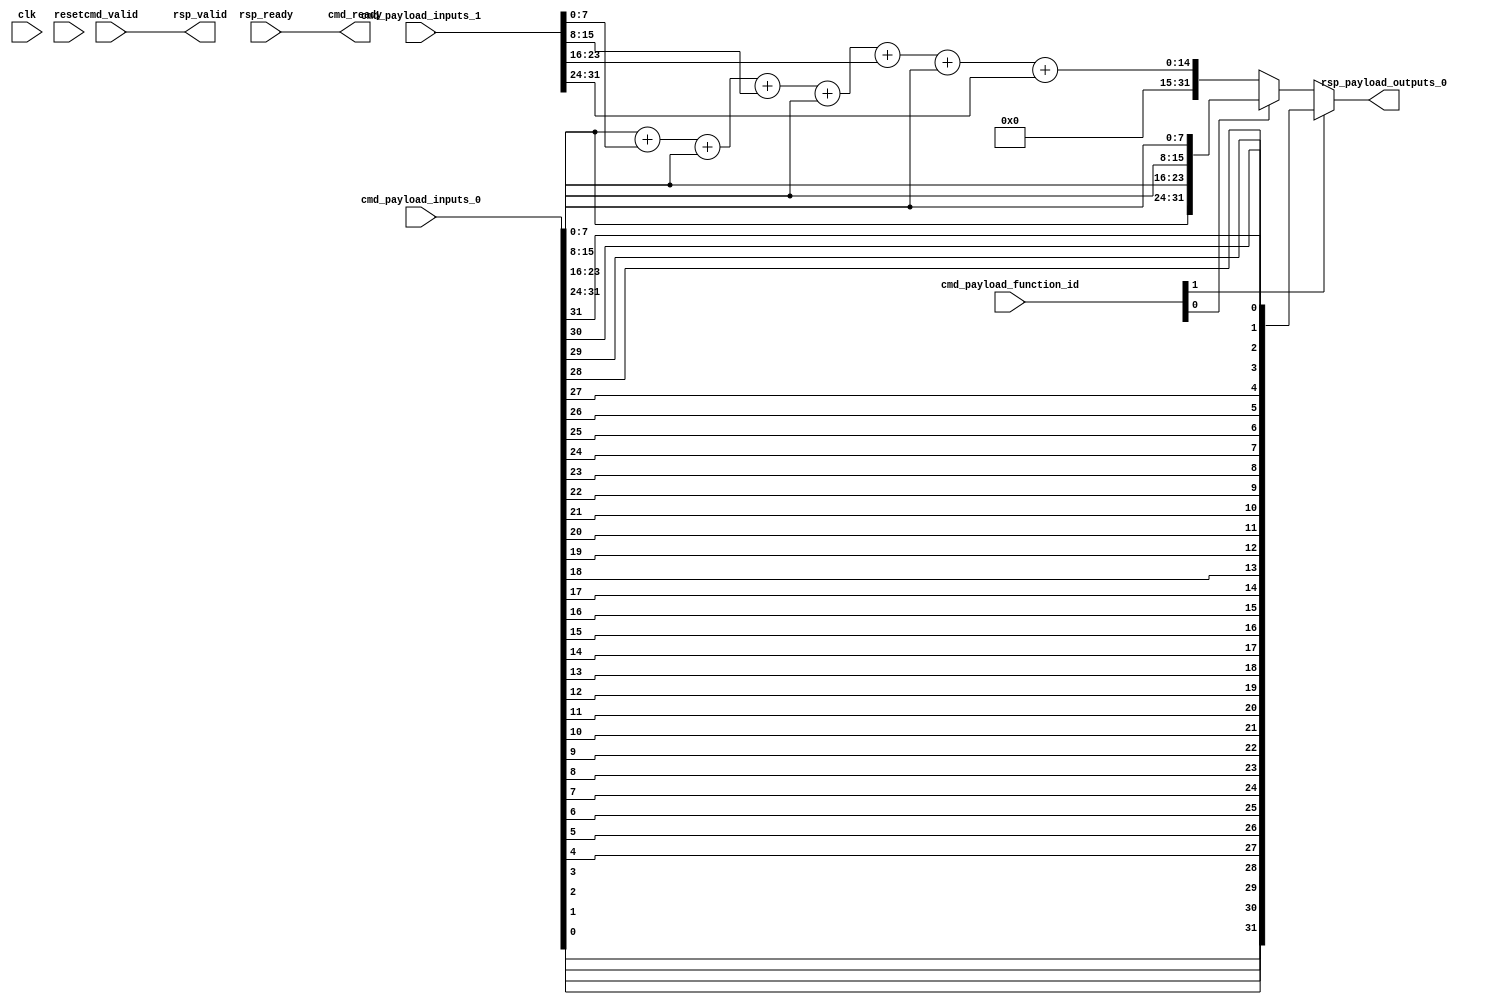
// This program was cloned from: https://github.com/google/CFU-Playground
// License: Apache License 2.0

// Copyright 2021 The CFU-Playground Authors
//
// Licensed under the Apache License, Version 2.0 (the "License");
// you may not use this file except in compliance with the License.
// You may obtain a copy of the License at
//
//      http://www.apache.org/licenses/LICENSE-2.0
//
// Unless required by applicable law or agreed to in writing, software
// distributed under the License is distributed on an "AS IS" BASIS,
// WITHOUT WARRANTIES OR CONDITIONS OF ANY KIND, either express or implied.
// See the License for the specific language governing permissions and
// limitations under the License.



module Cfu (
  input               cmd_valid,
  output              cmd_ready,
  input      [2:0]    cmd_payload_function_id,
  input      [31:0]   cmd_payload_inputs_0,
  input      [31:0]   cmd_payload_inputs_1,
  output              rsp_valid,
  input               rsp_ready,
  output     [31:0]   rsp_payload_outputs_0,
  input               clk,
  input               reset
);

  assign rsp_valid = cmd_valid;
  assign cmd_ready = rsp_ready;

  //  byte sum (unsigned)
  wire [31:0] cfu0;
  assign cfu0[31:0] =  cmd_payload_inputs_0[7:0]   + cmd_payload_inputs_1[7:0] +
                       cmd_payload_inputs_0[15:8]  + cmd_payload_inputs_1[15:8] +
                       cmd_payload_inputs_0[23:16] + cmd_payload_inputs_1[23:16] +
                       cmd_payload_inputs_0[31:24] + cmd_payload_inputs_1[31:24];

  // byte swap
  wire [31:0] cfu1;
  assign cfu1[31:24] =     cmd_payload_inputs_0[7:0];
  assign cfu1[23:16] =     cmd_payload_inputs_0[15:8];
  assign cfu1[15:8] =      cmd_payload_inputs_0[23:16];
  assign cfu1[7:0] =       cmd_payload_inputs_0[31:24];

  // bit reverse
  wire [31:0] cfu2;
  genvar n;
  generate
      for (n=0; n<32; n=n+1) begin
          assign cfu2[n] =     cmd_payload_inputs_0[31-n];
      end
  endgenerate


  // select output
  assign rsp_payload_outputs_0 = cmd_payload_function_id[1] ? cfu2 :
                                      ( cmd_payload_function_id[0] ? cfu1 : cfu0);


endmodule